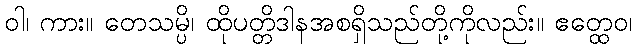
ဝါ၊ ကား။ တေသမ္ပိ၊ ထိုပတ္တိဒါနအစရှိသည်တို့ကိုလည်း။ ဧတ္ထေဝ၊